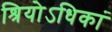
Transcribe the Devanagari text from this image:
श्रियोऽधिकां